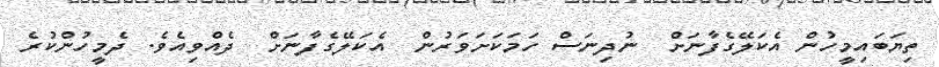
ތިޔަބައިމީހުން އެކަލޭގެފާނަށް  ނުދިނަސް ހަމަކަށަވަރުން  އެކަލޭގެފާނަށް  ދެއްވިއެވެ. ދެމީހުންކުރެ